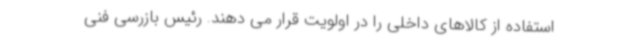
استفاده از کالاهای داخلی را در اولویت قرار می دهند. رئیس بازرسی فنی